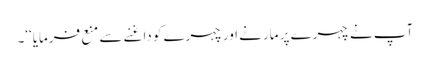
آپ نے چہرے پر مارنے اور چہرے کو داغنے سے منع فرمایا‘‘۔